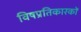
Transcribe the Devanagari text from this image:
विषप्रतिकारकों